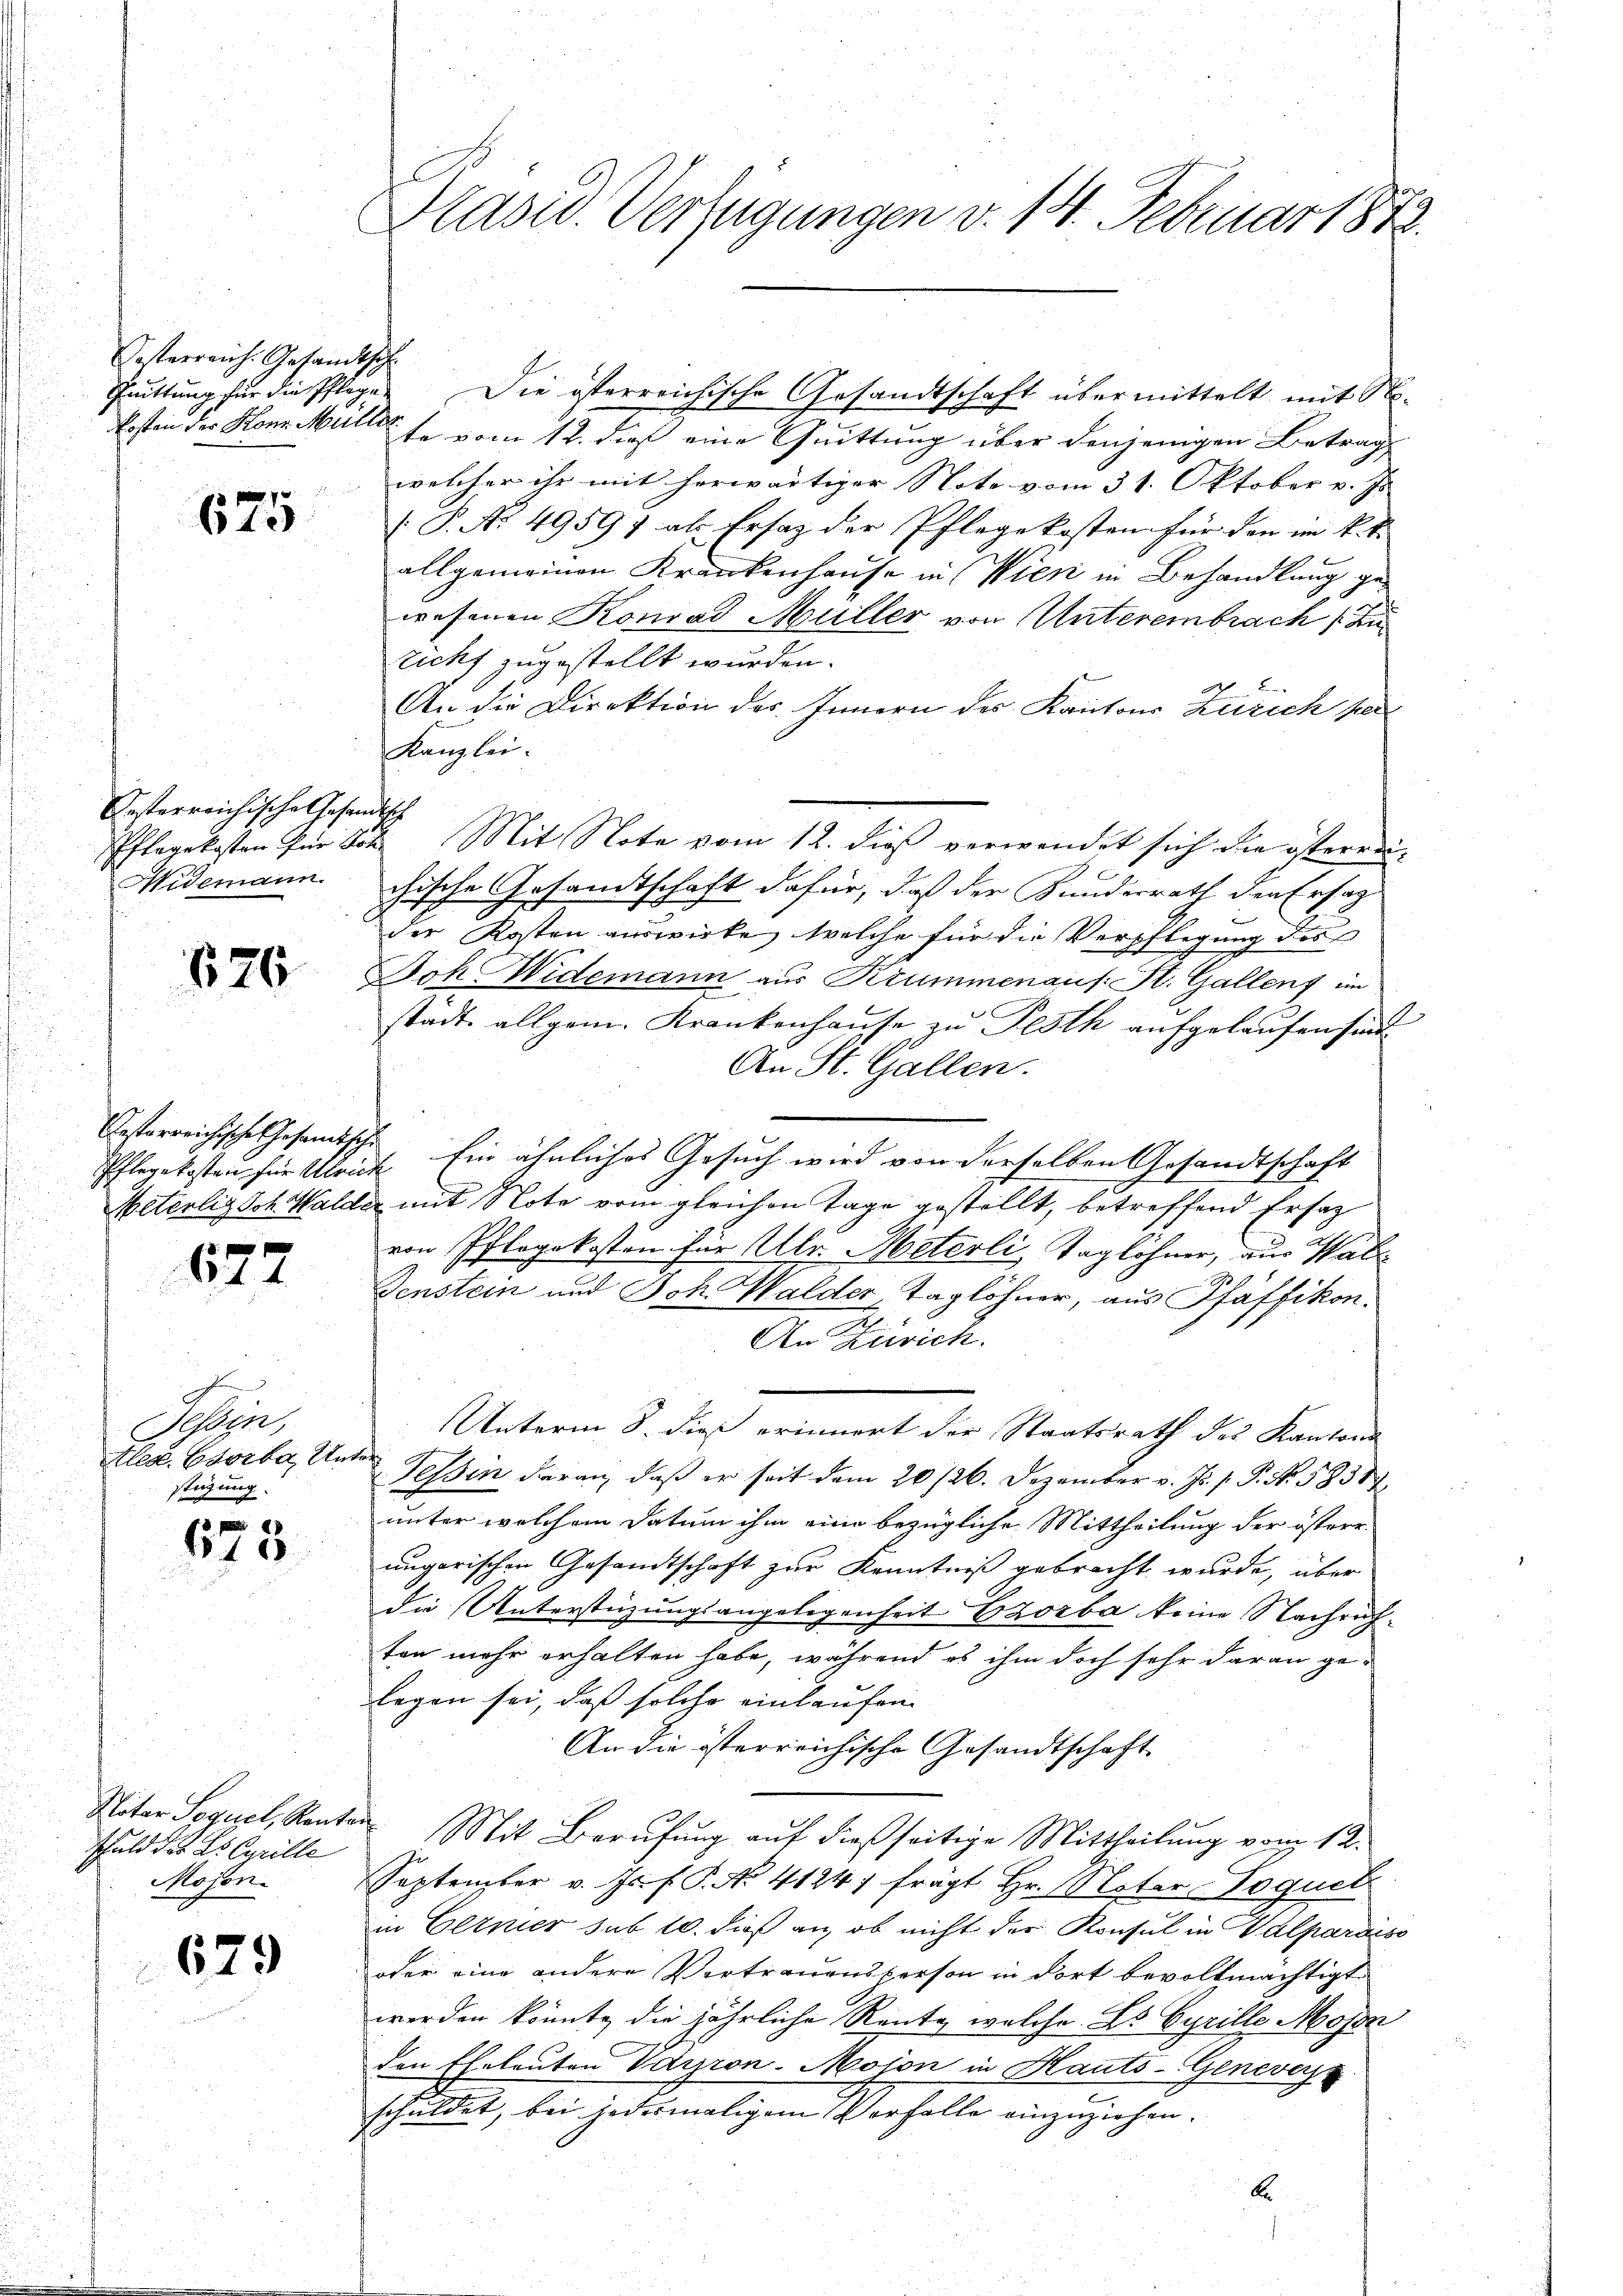
Gesterreich. Gesandtsch
Quittung für die Pflege

15 f 0 x
610

Gesterreichische Geset
Nidemann.

626

Oesterreichisches Gesandtsche

xx
44

Sine,
tlese Erörte Unte
stüzung.

4
10

schuld d. Es Cyrille
Mojon.

679

Präsid. Verfügungen v. 14. Februar 1872.

Die österreichische Gesandtschaft übermittelt, mit Nokosten der Kons. Mutter se vom 12. dieß eine Quittung über denjenigen Betrag
welcher ihr mit herwärtiger Note vom 31. Oktober v. Js.
 P. Nr. 49597 als Ersatz der Pflegekosten für den im k.k.
allgemeinen Krankenhause in Wien in Behandlung ge-
wesenen Konrad Müller von Unterembrach zu
richt zugestellt wurden.
An die Direktion des Innern des Kantons Zürich per
Kanzlei.
Pflegekosten für Tit. Mit Note vom 12. dieß verwendet sich die österreichische Gesandtschaft dafür, daß der Bunderrath den Ersatz
der Kosten auswirke, welche für die Verpflegung des
Joh. Widemann aus Krummenaus. St. Gallenz im
stadt allgem. Krankenhaŭse zŭ Pesth aufgelaufen sind.
An St. Gallen.
Pflegekosten für Ulrich. Ein ähnliches Gesuch wird von derselben Gesandtschaft
Meterlisch Walder mit Note vom gleichen Tage gestellt, betreffend Ersatz
von Pflegekosten für Ulr. Meterli, Taglöhner, zur Wal¬
Fenstein und Joh. Walder, Taglöhner, aus Pfäffikon.
t
An Zürich.
Unterm 8. dieß erinnert der Staatsrath des Kantons
i
Tessin daran, daß er seit dem 20/26. Dezember v. Js. p. P. Nr. 58387
unter welchem Datum ihm eine bezügliche Mittheilung der österr
ungarischen Gesandtschaft zur Kenntniß gebracht wurde, über
die Unterstüzungsangelegenheit Exorba keine Nachrichten mehr erhalten habe, während es ihm doch sehr daran gelegen sei, dass solche einlaufen |
An die österreichische Gesandtschaft.
Miter Sequel, Renten. Mit Berŭfŭng aŭf dießseitige Mittheilŭng vom 12.
September v. Js. f. P. No. 41247 frägt Hr. Noter-Loquet
in Eltner sub 10. dieß an, ob nicht der Konsul in Valpardiss
oder eine andere Vertrauensperson in dort bevollmächtigt.
werden könnte die jährliche Rente, welche Ls Cyrille Mojon
den Eheleuten Varron-Mojon in Hauts-Genevers
schuldet, bei jedesmaligem Vorfalle einzuziehen.
b

h